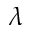
\lambda